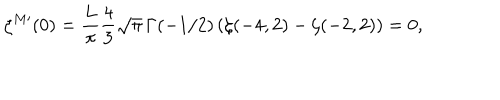
LaTeX: \zeta ^ { M \prime } ( 0 ) = \frac { L } { \pi } \frac 4 3 \sqrt { \pi } \, \Gamma ( - 1 / 2 ) \left( \zeta ( - 4 , 2 ) - \zeta ( - 2 , 2 ) \right) = 0 ,